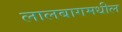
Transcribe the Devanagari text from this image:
लालबागमधील